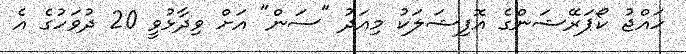
ހައްޖު ކޯޕަރޭޝަންގެ އޮފިޝަލަކު މިއަދު "ސަން" އަށް ވިދާޅުވީ 20 ދުވަހުގެ އެ